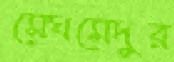
মেঘমেদুর